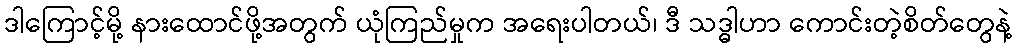
ဒါကြောင့်မို့ နားထောင်ဖို့အတွက် ယုံကြည်မှုက အရေးပါတယ်၊ ဒီ သဒ္ဓါဟာ ကောင်းတဲ့စိတ်တွေနဲ့